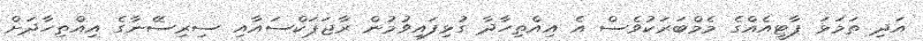
އަދި ތަމަޅަ ޕާޓީއެއްގެ މެމްބަރަކުވެސް އެ އިއްތިހާދާ ގުޅިފައިވުމުން ރާޖަޕަކްސައާއި ސިރިސޭނާގެ އިއްތިހާދަށް